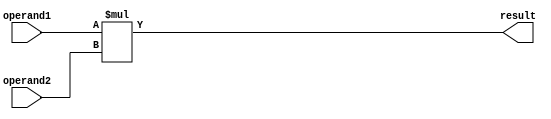
module SignedMultiplier (
    input signed [31:0] operand1,
    input signed [31:0] operand2,
    output reg signed [63:0] result
);

always @(*) begin
    result = operand1 * operand2;
end

endmodule